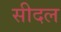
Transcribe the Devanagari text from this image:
सीदल